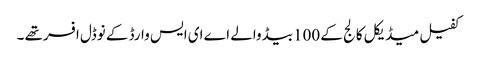
کفیل میڈیکل کالج کے 100بیڈ والے اے ای ایس وارڈ کے نوڈل افسرتھے ۔